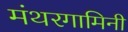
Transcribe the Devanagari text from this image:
मंथरगामिनी